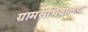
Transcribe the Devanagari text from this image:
ग्रामसचिवालय